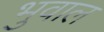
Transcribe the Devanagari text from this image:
भुवाल